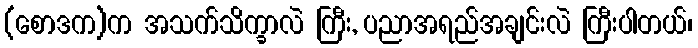
(စောဒက)က အသက်သိက္ခာလဲ ကြီး, ပညာအရည်အချင်းလဲ ကြီးပါတယ်၊